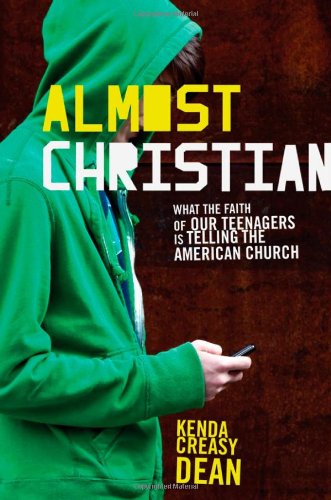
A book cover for Almost Christian: What the Faith of Our Teenagers is Telling the American Church; Kenda Creasy Dean; Christian Books & Bibles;